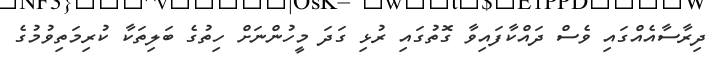
ދިރާސާއެއްގައި ވެސް ދައްކާފައިވާ ގޮތުގައި ރުޅި ގަދަ މީހުންނަށް ހިތުގެ ބަލިތަކާ ކުރިމަތިވުމުގެ